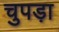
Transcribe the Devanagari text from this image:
चुपड़ा